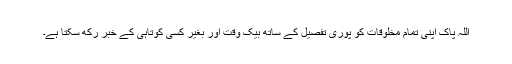
اللہ پاک اپنی تمام مخلوقات کو پوری تفصیل کے ساتھ بیک وقت اور بغیر کسی کوتاہی کے خبر رکھ سکتا ہے۔